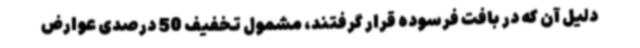
دلیل آن که در بافت فرسوده قرار گرفتند، مشمول تخفیف 50 درصدی عوارض